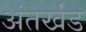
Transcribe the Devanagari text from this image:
अंतर्खंड